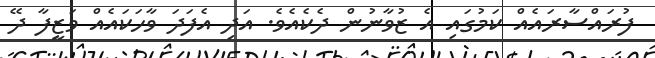
ފުރައްސާރައެއް ކަމުގަައި އެ ޒުވާނުން ދެކެއެވެ. އަދި އެފަދަ ވާހަކައެއް ވަޒީފާ ދޭ